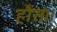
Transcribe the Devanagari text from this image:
हौंस।।